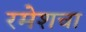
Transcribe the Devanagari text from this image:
रमेशचा